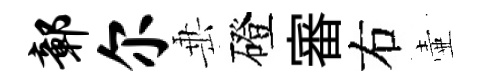
鄣尔𡸁磴審右壷